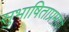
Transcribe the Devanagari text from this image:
सुभाषिताप्रमाणे